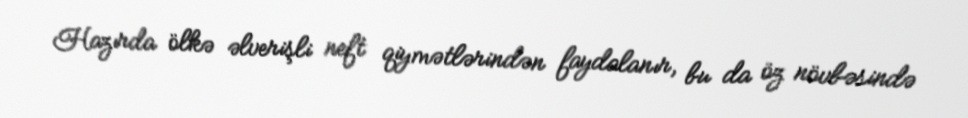
Hazırda ölkə əlverişli neft qiymətlərindən faydalanır, bu da öz növbəsində